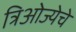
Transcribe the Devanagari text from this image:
त्रिओज्येचे